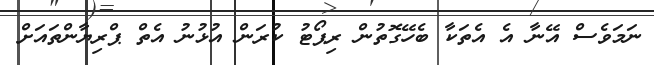
ނަމަވެސް އޭނާ އެ އެތަކާ ބެހޭގޮތުން ރިޕޯޓު ކުރަން އުޅުނު އެތް ޕްރިޔާންތައަށް